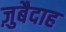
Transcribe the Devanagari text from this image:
ज़ुबैदाह